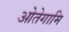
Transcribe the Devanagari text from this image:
ओतेगामि